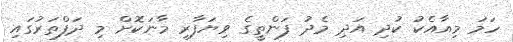
ހަމަ މިއާއެކު ކުދި އަދި މެދު ފަންތީގެ ވިޔަފާރި މާނަކޮށް މި ދަފްތަރުގައި